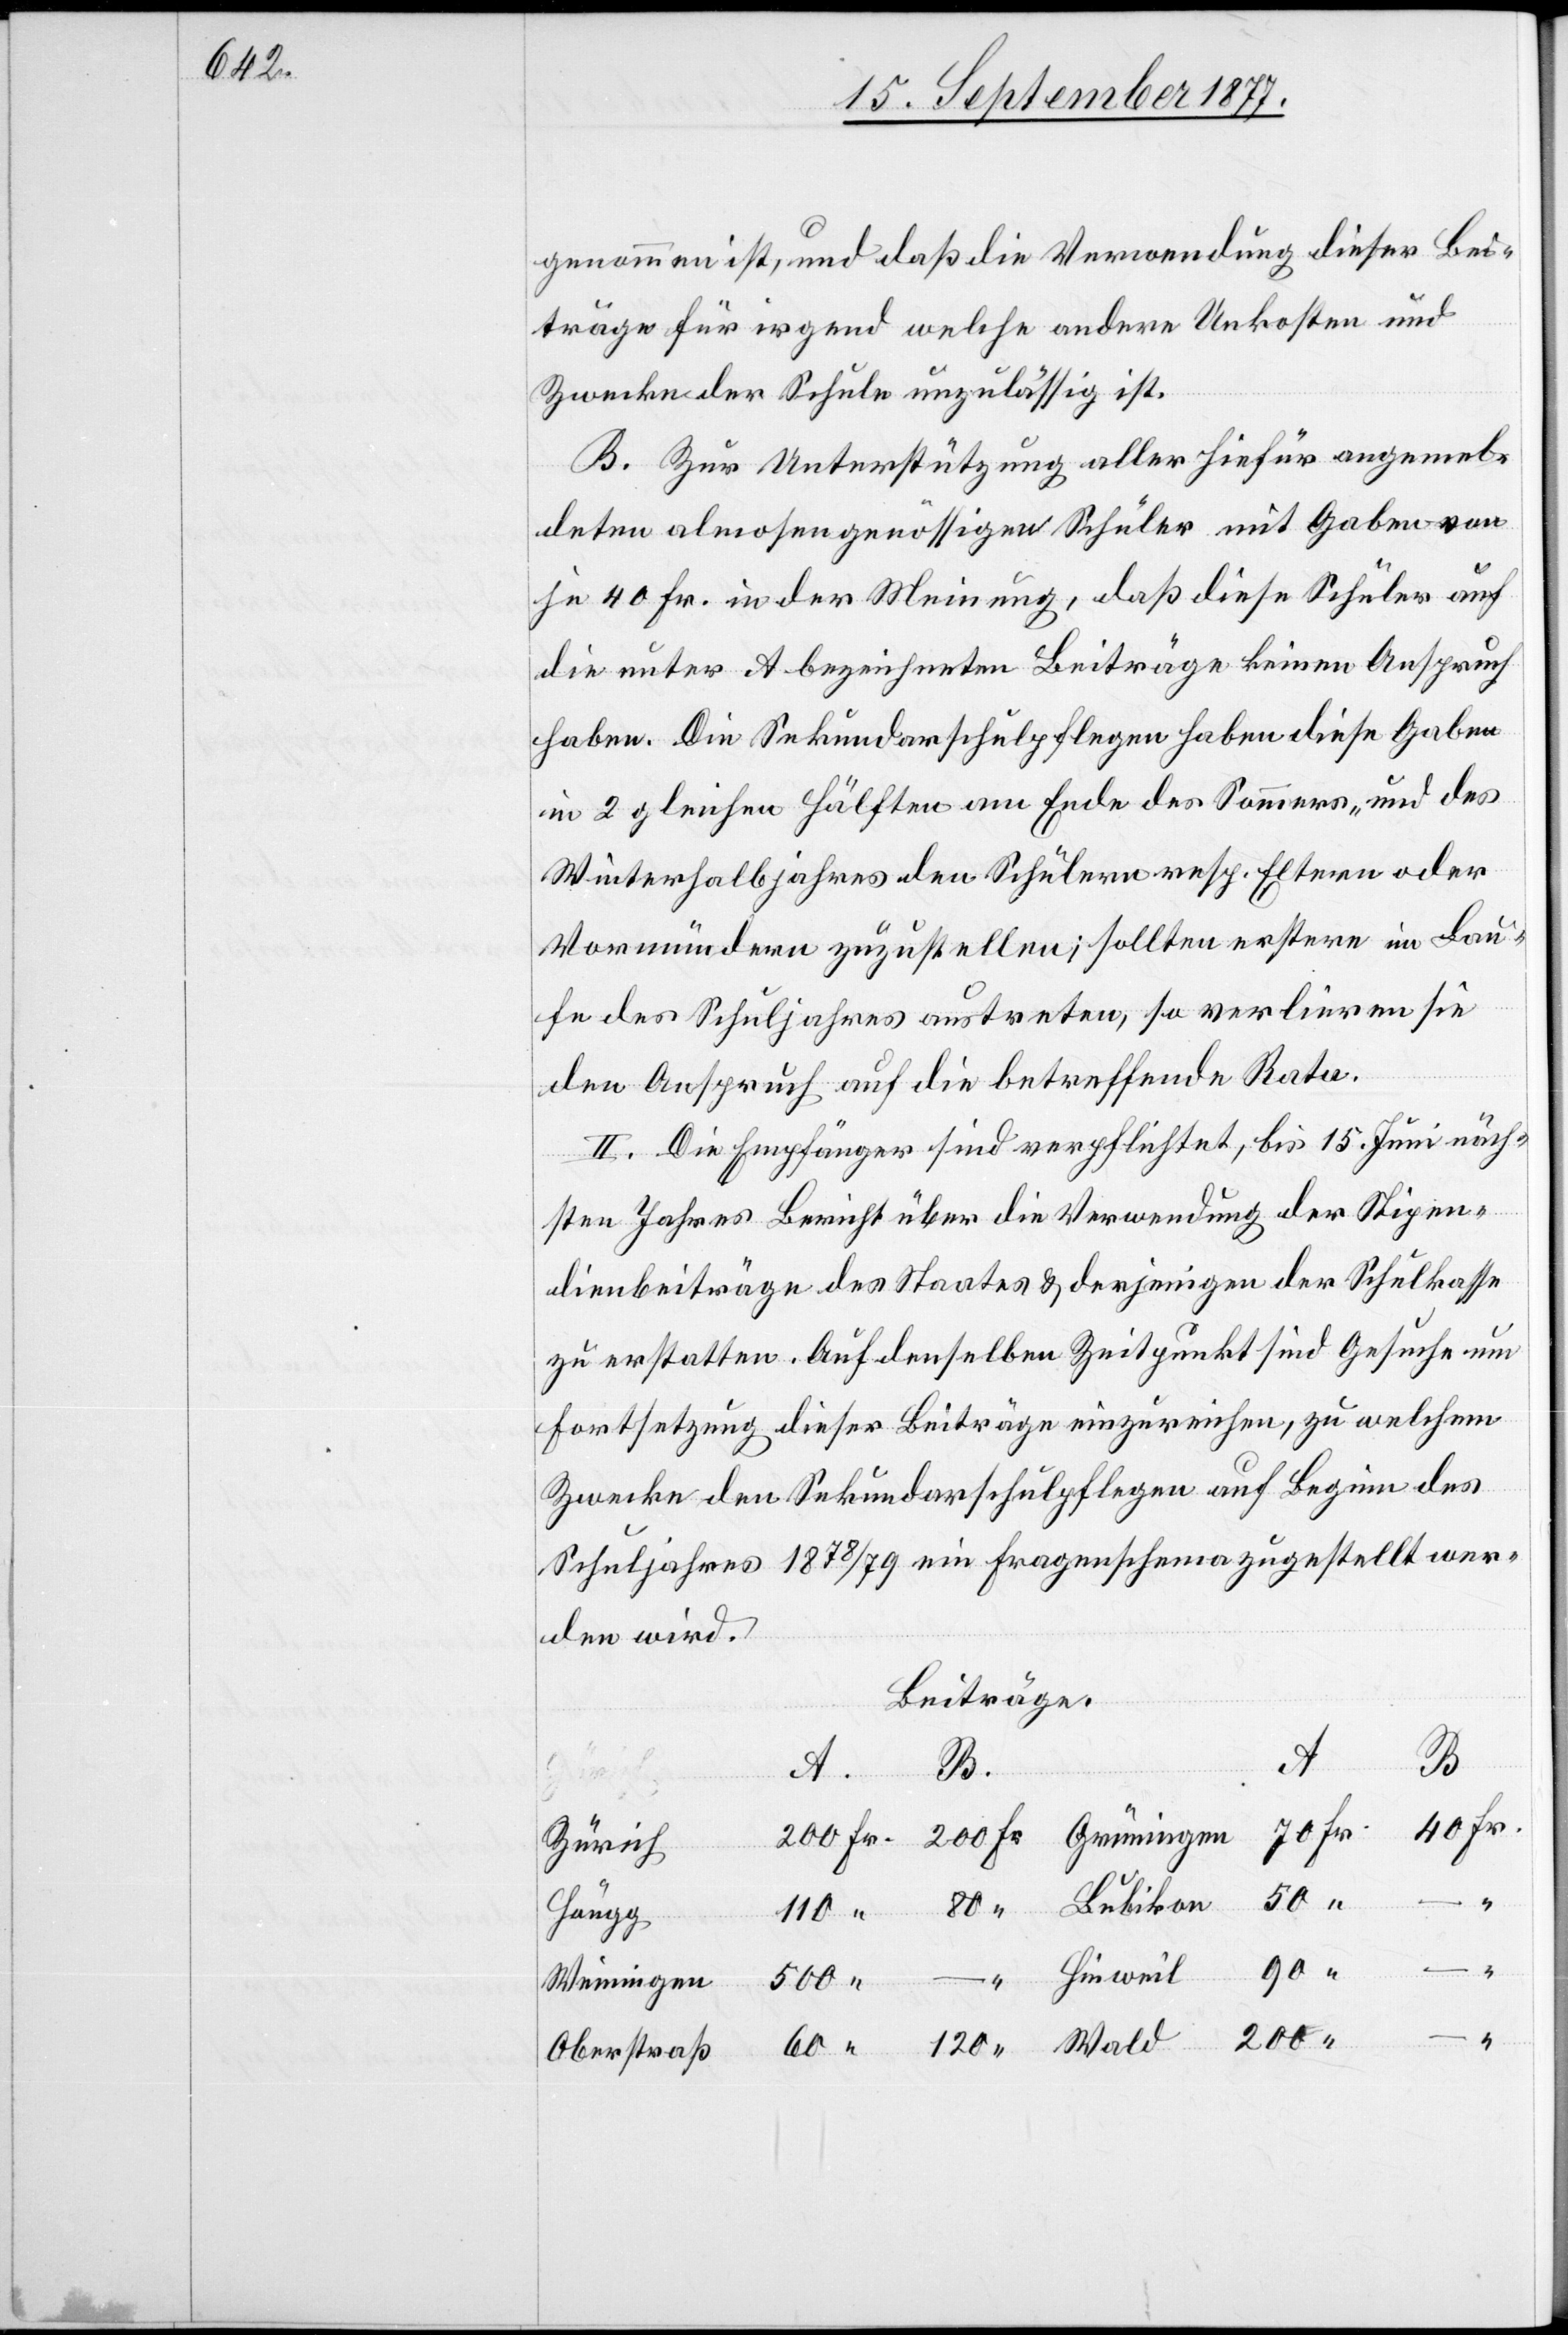
genommen ist, und daß die Verwendung dieser Bei¬
träge für irgend welche andere Unkosten und
Zwecke der Schule unzulässig ist.
B. Zur Unterstützung aller hiefür angemel¬
deten almosengenössigen Schüler mit Gaben von
je 40 Fr. in der Meinung, daß diese Schüler auf
die unter A bezeichneten Beiträge keinen Anspruch
haben. Die Sekundarschulpflegen haben diese Gaben
in 2 gleichen Hälften am Ende des Sommers- und des
Winterhalbjahres den Schülern resp. Eltern oder
Vormündern zuzustellen; sollten erstere im Lau¬
fe des Schuljahres austreten, so verlieren sie
den Anspruch auf die betreffende Rata.
II. Die Empfänger sind verpflichtet, bis 15. Juni näch¬
sten Jahres Bericht über die Verwendung der Stipen¬
dienbeiträge des Staates & derjenigen der Schulkasse
zu erstatten. Auf denselben Zeitpunkt sind Gesuche um
Fortsetzung dieser Beiträge einzureichen, zu welchem
Zwecke den Sekundarschulpflegen auf Beginn des
Schuljahres 1878/79 ein Fragenschema zugestellt wer¬
den wird.
Beiträge.
A.
Grün¬
A.
B.
40 Fr.
70 Fr.
200 Fr.
Wald
Zürich
50 “
60
200 “
Höngg
– “
Weiningen
500 “
Oberstraß